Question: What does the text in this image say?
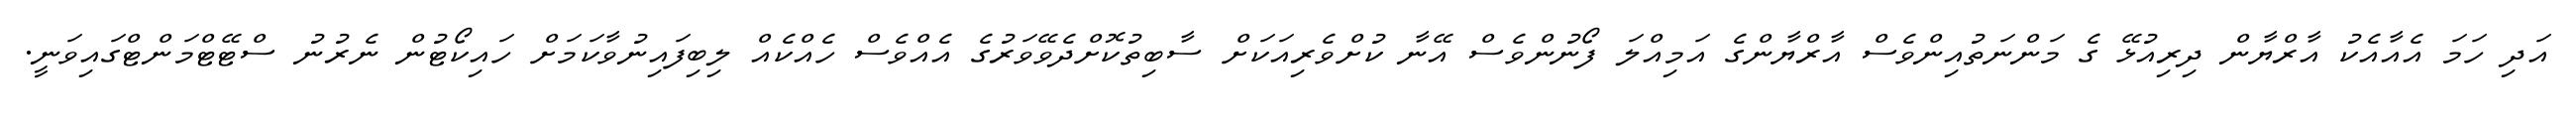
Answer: އަދި ހަމަ އެއާއެކު އާރްޔާން ދިރިއުޅޭ ގެ މަންނަތުއިންވެސް އާރްޔާންގެ އަމިއްލަ ފޯނުންވެސް އޭނާ ކުށްވެރިއަކަށް ސާބިތުކޮށްދެވޭވަރުގެ އެއްވެސް ހެއްކެއް ލިބިފައިނުވާކަމަށް ހައިކޯޓުން ނެރުނު ސްޓޭޓްމަންޓްގައިވަނީ.